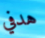
هدفي